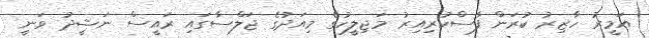
އަމީރު ހާޒިރު ކުރަން ފާސްކުރިއިރު މަޖިލީހުގެ މިއަދުގެ ޖަލްސާގައި ރައީސް ނަޝީދު ވަނީ